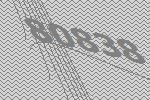
80838